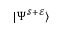
| \Psi ^ { \mathcal { S + E } } \rangle